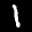
Label: 1